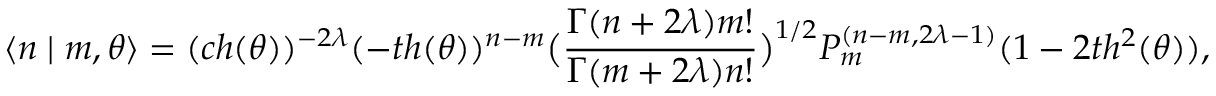
\langle n \mid m , \theta \rangle = ( c h ( \theta ) ) ^ { - 2 \lambda } ( - t h ( \theta ) ) ^ { n - m } \big ( \frac { \Gamma ( n + 2 \lambda ) m ! } { \Gamma ( m + 2 \lambda ) n ! } \big ) ^ { 1 / 2 } P _ { m } ^ { ( n - m , 2 \lambda - 1 ) } ( 1 - 2 t h ^ { 2 } ( \theta ) ) ,